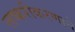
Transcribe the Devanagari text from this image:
लष्करीकरणाने